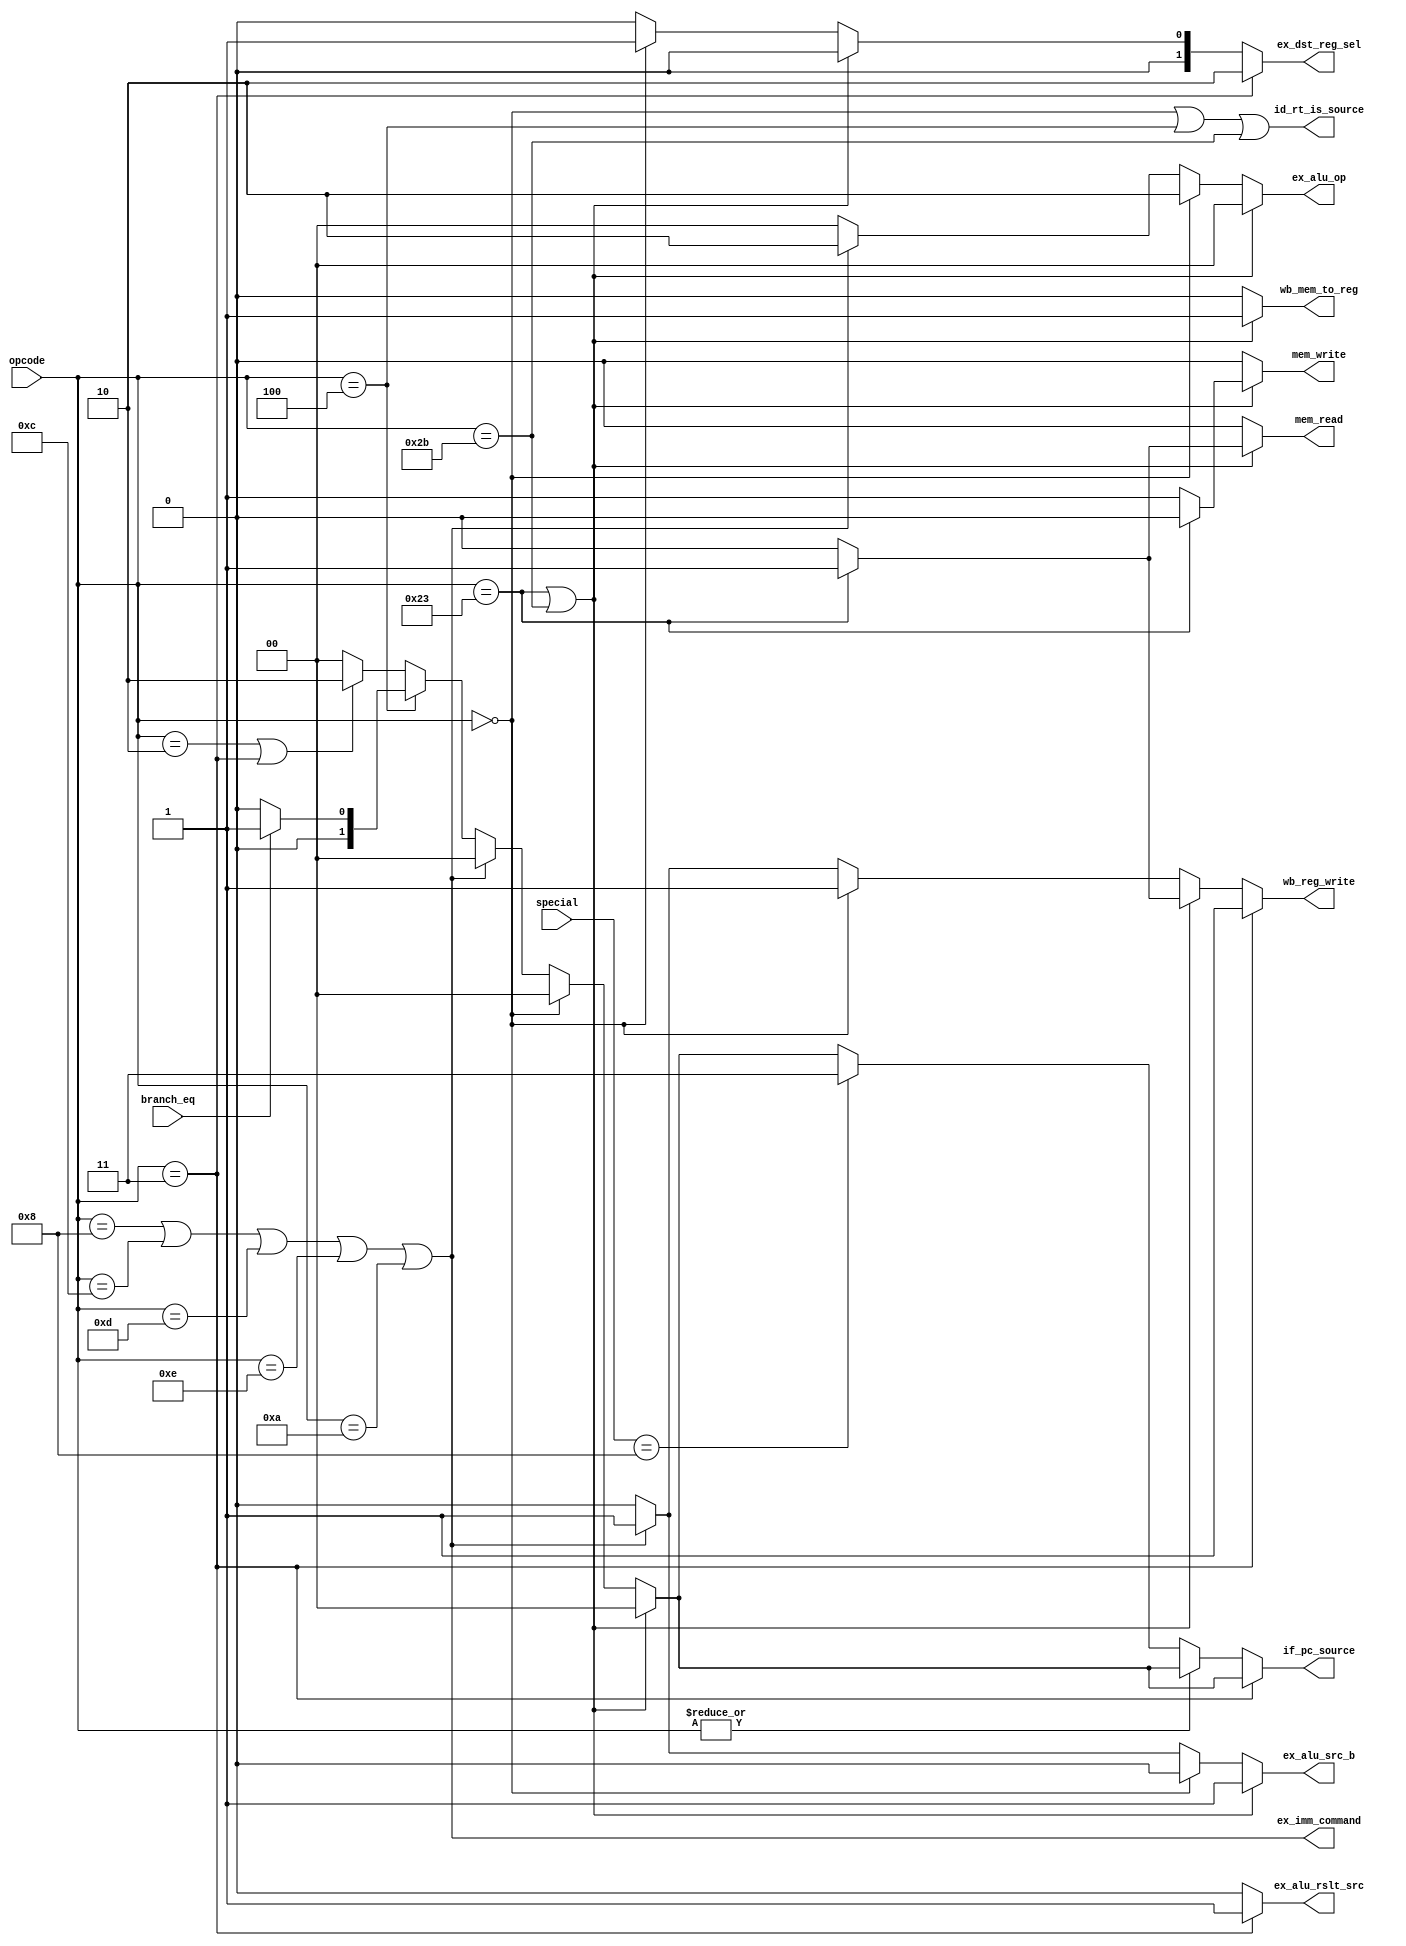
module control_26( input [5:0]      opcode,
			 input [5:0]      special,
                input            branch_eq,       
                output reg [1:0] if_pc_source,
                output           id_rt_is_source, 
                output           ex_imm_command,
                output reg       ex_alu_src_b,
			 output reg       ex_alu_rslt_src, 
                output reg [1:0] ex_dst_reg_sel,
                output reg [1:0] ex_alu_op,
                output reg       mem_read,
                output reg       mem_write,
                output reg       wb_mem_to_reg,
                output reg       wb_reg_write );
     localparam     LW    = 6'b100011, 
                    SW    = 6'b101011, 
                    BEQ   = 6'b000100, 
                    RTYPE = 6'b000000, 
                    J     = 6'b000010,
                    JAL   = 6'b000011,						
                    ADDI  = 6'b001000, 	
                    ANDI  = 6'b001100, 
                    ORI   = 6'b001101, 
                    XORI  = 6'b001110, 
                    SLTI  = 6'b001010,
                    JR    = 6'b001000;	
     reg memory_op;
     reg r_type_op;
     reg immediate_op;
     reg branch_op;
     reg jump_op;
     assign ex_imm_command = immediate_op;
     assign id_rt_is_source = (r_type_op | branch_op | opcode == SW);
     always @* begin
          if_pc_source    = 0;
          ex_alu_src_b  	 = 0;
		ex_alu_rslt_src = 0;
          ex_dst_reg_sel  = 0;
          ex_alu_op       = 0;
          mem_read        = 0;
          mem_write       = 0;
          wb_mem_to_reg   = 0;
          wb_reg_write    = 0;
          memory_op    = ( (opcode == LW) | (opcode == SW) );
          r_type_op    = ( opcode == RTYPE );
          branch_op    = ( opcode == BEQ );
          immediate_op = ( (opcode == ADDI) | (opcode == ANDI) | (opcode == ORI) | (opcode == XORI) | (opcode == SLTI) );
          jump_op      = ( (opcode == J) | (opcode == JAL));
          if (memory_op) begin
               ex_alu_src_b   = 1'b1;  
               ex_dst_reg_sel = 2'b00; 
               ex_alu_op      = 2'b00; 
               wb_mem_to_reg  = 1'b1;  
               if ( opcode == LW ) begin
                    mem_read = 1'b1;
                    wb_reg_write = 1'b1;              
               end
               else 
                    mem_write = 1'b1;       
          end
          else if (r_type_op) begin
               ex_alu_src_b = 1'b0;    
               ex_dst_reg_sel = 2'b01; 
               ex_alu_op = 2'b10;      
               wb_mem_to_reg = 1'b0;   
               wb_reg_write  = 1'b1;   
          end
          else if (immediate_op) begin
               ex_alu_src_b = 1'b1;    
               ex_dst_reg_sel = 2'b00; 
               ex_alu_op = 2'b10;      
               wb_mem_to_reg = 1'b0;   
               wb_reg_write = 1'b1;           
          end
          else if (branch_op) begin
               if (branch_eq) 
                    if_pc_source = 2'b01; 
               else 
                    if_pc_source = 2'b00;
          end
          else if (jump_op)
               if_pc_source = 2'b10;  
			if( opcode == JAL ) begin
				ex_dst_reg_sel = 2'b10;
				ex_alu_rslt_src = 1'b1;	
				wb_reg_write  = 1'b1;
			end
          else if (~|opcode) begin
			if(special == JR) begin
				if_pc_source = 2'b11;
			end
			else begin
			end
          end
		else begin
		end
     end
endmodule